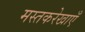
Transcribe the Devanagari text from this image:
मस्तकरेखाएँ